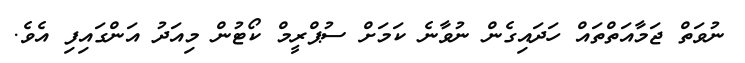
ނުވަތް ޖަމާއަތްތައް ހަދައިގެން ނުވާނެ ކަމަށް ސުޕްރީމް ކޯޓުން މިއަދު އަންގައިފި އެވެ.